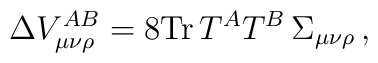
\Delta V_{\mu\nu\rho}^{AB}=8{\rm Tr}\,T^AT^B\,\Sigma_{\mu\nu\rho}\, ,